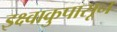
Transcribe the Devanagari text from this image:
इक्ष्वाकुपासून